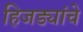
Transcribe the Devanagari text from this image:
हिजड्यांचे